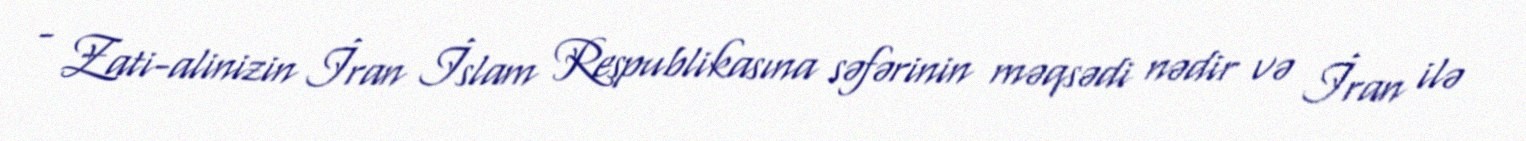
- Zati-alinizin İran İslam Respublikasına səfərinin məqsədi nədir və İran ilə